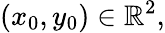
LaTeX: (x_{0},y_{0})\in\mathbb{R}^{2},